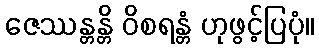
ဇေဿန္တန္တိ ဝိစရန္တံ ဟုဖွင့်ပြပုံ။